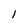
Character: 1